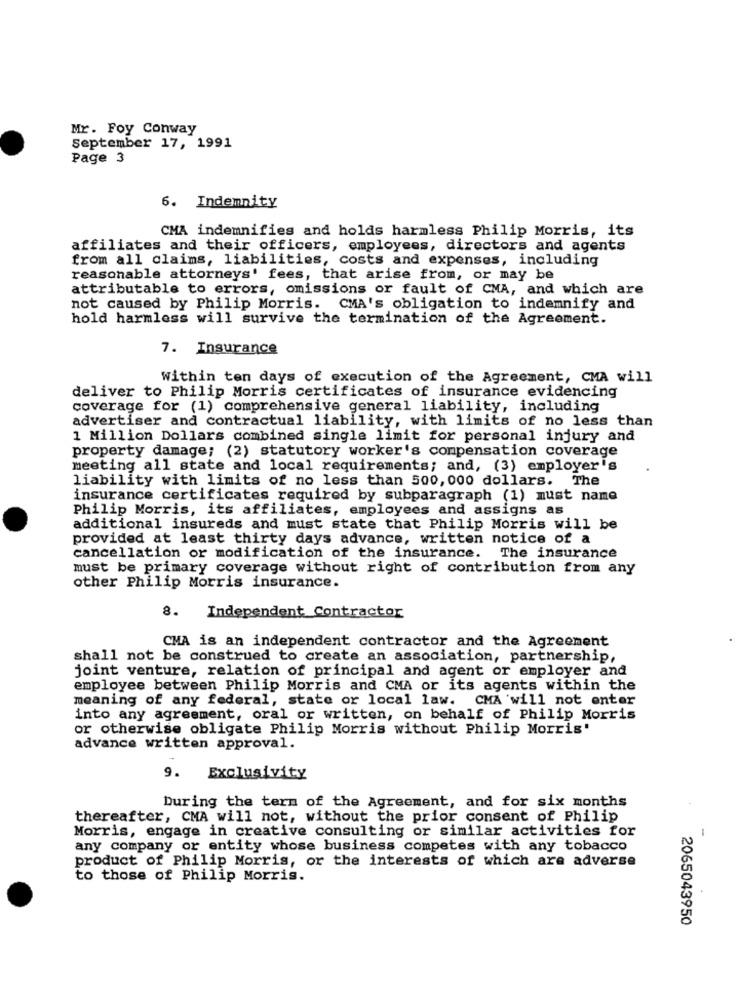
Mr. Foy Conway
September 17, 1991
Page 3
6. Indemnity
CMA indemnifies and holds harmless Philip Morris, its
affiliates and their officers, employees, directors and agents
from all claims, liabilities, costs and expenses, including
reasonable attorneys' fees, that arise from, or may be
attributable to errors, omissions or fault of CMA, and which are
not caused by Philip Morris. CMA's obligation to indemnify and
hold harmless will survive the termination of the Agreement.
7. Insurance
Within ten days of execution of the Agreement, CMA will
deliver to Philip Morris certificates of insurance evidencing
coverage for (1) comprehensive general liability, including
advertiser and contractual liability, with limits of no less than
1 Million Dollars combined single limit for personal injury and
property damage; (2) statutory worker's compensation coverage
meeting all state and local requirements; and, (3) employer's
liability with limits of no less than 500, 000 dollars. The
insurance certificates required by subparagraph (1) must name
Philip Morris, its affiliates, employees and assigns as
additional insureds and must state that Philip Morris will be
provided at least thirty days advance, written notice of a
cancellation or modification of the insurance. The insurance
must be primary coverage without right of contribution from any
other Philip Morris insurance.
8.
Independent Contractor
CMA is an independent contractor and the Agreement
shall not be construed to create an association, partnership,
joint venture, relation of principal and agent or employer and
employee between Philip Morris and CMA or its agents within the
meaning of any federal, state or local law. CMA will not enter
into any agreement, oral or written, on behalf of Philip Morris
or otherwise obligate Philip Morris without Philip Morris'
advance written approval.
9. Exclusivity
During the term of the Agreement, and for six months
thereafter, CMA will not, without the prior consent of Philip
Morris, engage in creative consulting or similar activities for
-
any company or entity whose business competes with any tobacco
product of Philip Morris, or the interests of which are adverse
to those of Philip Morris.
2065043950